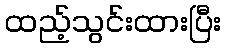
ထည့်သွင်းထားပြီး